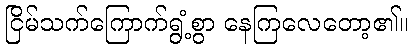
ငြိမ်သက်ကြောက်ရွံ့စွာ နေကြလေတော့၏။